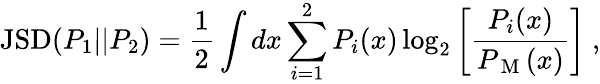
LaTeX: \mathrm{JSD}(P_{1}||P_{2})=\frac{1}{2}\int dx\sum_{i=1}^{2}P_{i}(x)\log_{2}\left[\frac{P_{i}(x)}{P_{\mathrm{~M~}}(x)}\right]~,